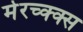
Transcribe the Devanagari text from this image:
मेरच्क्क्स